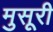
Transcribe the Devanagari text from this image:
मुसूरी